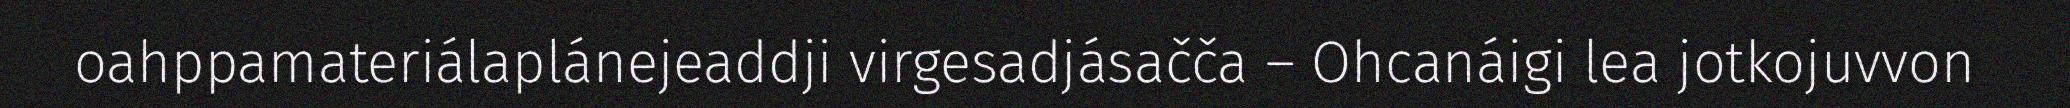
oahppamateriálaplánejeaddji virgesadjásačča – Ohcanáigi lea jotkojuvvon